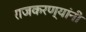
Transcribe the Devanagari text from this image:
राजकरण्यांनी